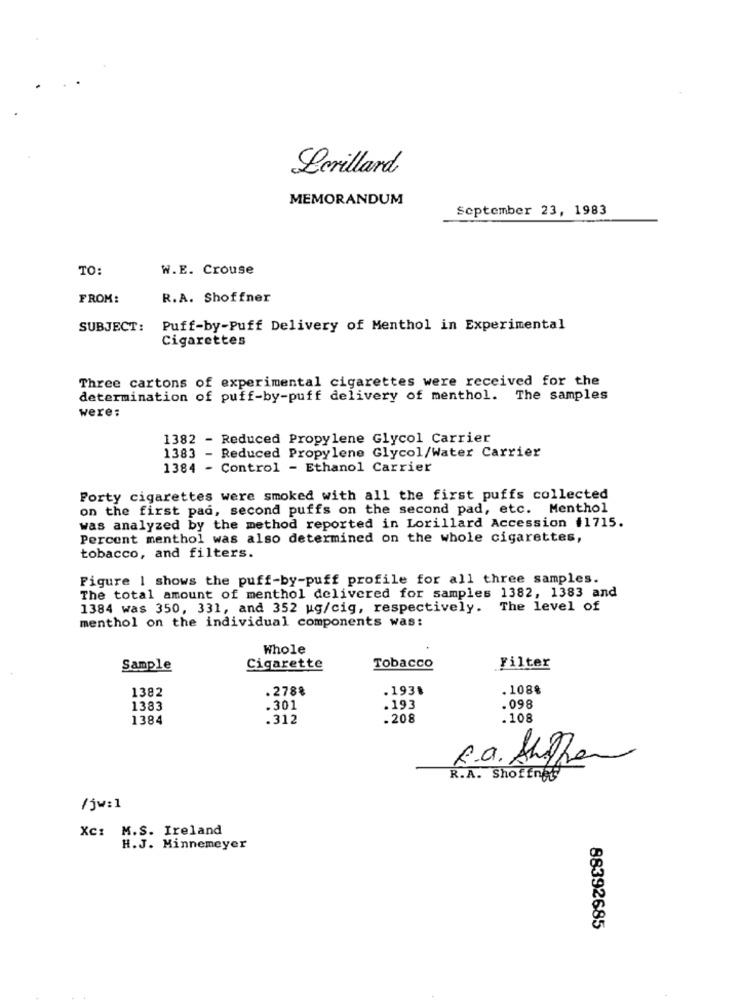
Lerillard
MEMORANDUM
September 23, 1983
TO:
W.E. Crouse
FROM:
R.A. Shoffner
SUBJECT:
Puff-by-Puff Delivery of Menthol in Experimental
Cigarettes
Three cartons of experimental cigarettes were received for the
determination of puff-by-puff delivery of menthol. The samples
were:
1382 - Reduced Propylene Glycol Carrier
1383 - Reduced Propylene Glycol/Water Carrier
1384 - Control - Ethanol Carrier
Forty cigarettes were smoked with all the first puffs collected
on the first pad, second puffs on the second pad, etc. Menthol
was analyzed by the method reported in Lorillard Accession #1715.
Percent menthol was also determined on the whole cigarettes,
tobacco, and filters.
Figure 1 shows the puff-by-puff profile for all three samples.
The total amount of menthol delivered for samples 1382, 1383 and
1384 was 350, 331, and 352 ug/cig, respectively. The level of
menthol on the individual components was:
Whole
Sample
Cigarette
Tobacco
Filter
1382
.278%
.1938
. 108%
1383
.301
.193
.098
1384
.312
.208
. 108
R.a. Shiffe
R.A. Shoffnet
/ jw:1
Xc: M.S. Ireland
H.J. Minnemeyer
88392685